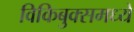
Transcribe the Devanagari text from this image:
विकिबुक्समध्ये